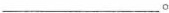
___。